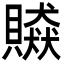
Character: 贆